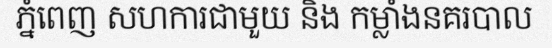
ភ្នំពេញ សហការជាមួយ និង កម្លាំងនគរបាល